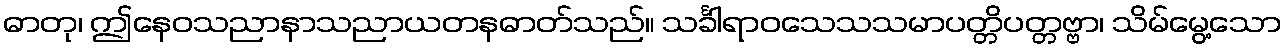
ဓာတု၊ ဤနေဝသညာနာသညာယတနဓာတ်သည်။ သင်္ခါရာဝသေသသမာပတ္တိပတ္တဗ္ဗာ၊ သိမ်မွေ့သော